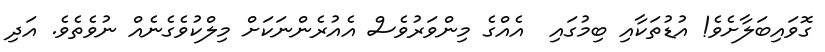
ގޮވައިބަލާށެވެ! އުޑުތަކާއި ބިމުގައި  އެއްގެ މިންވަރުވެސް އެއުރެންނަކަށް މިލްކުވެގެނެއް ނުވެތެވެ. އަދި